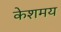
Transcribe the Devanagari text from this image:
केशमय